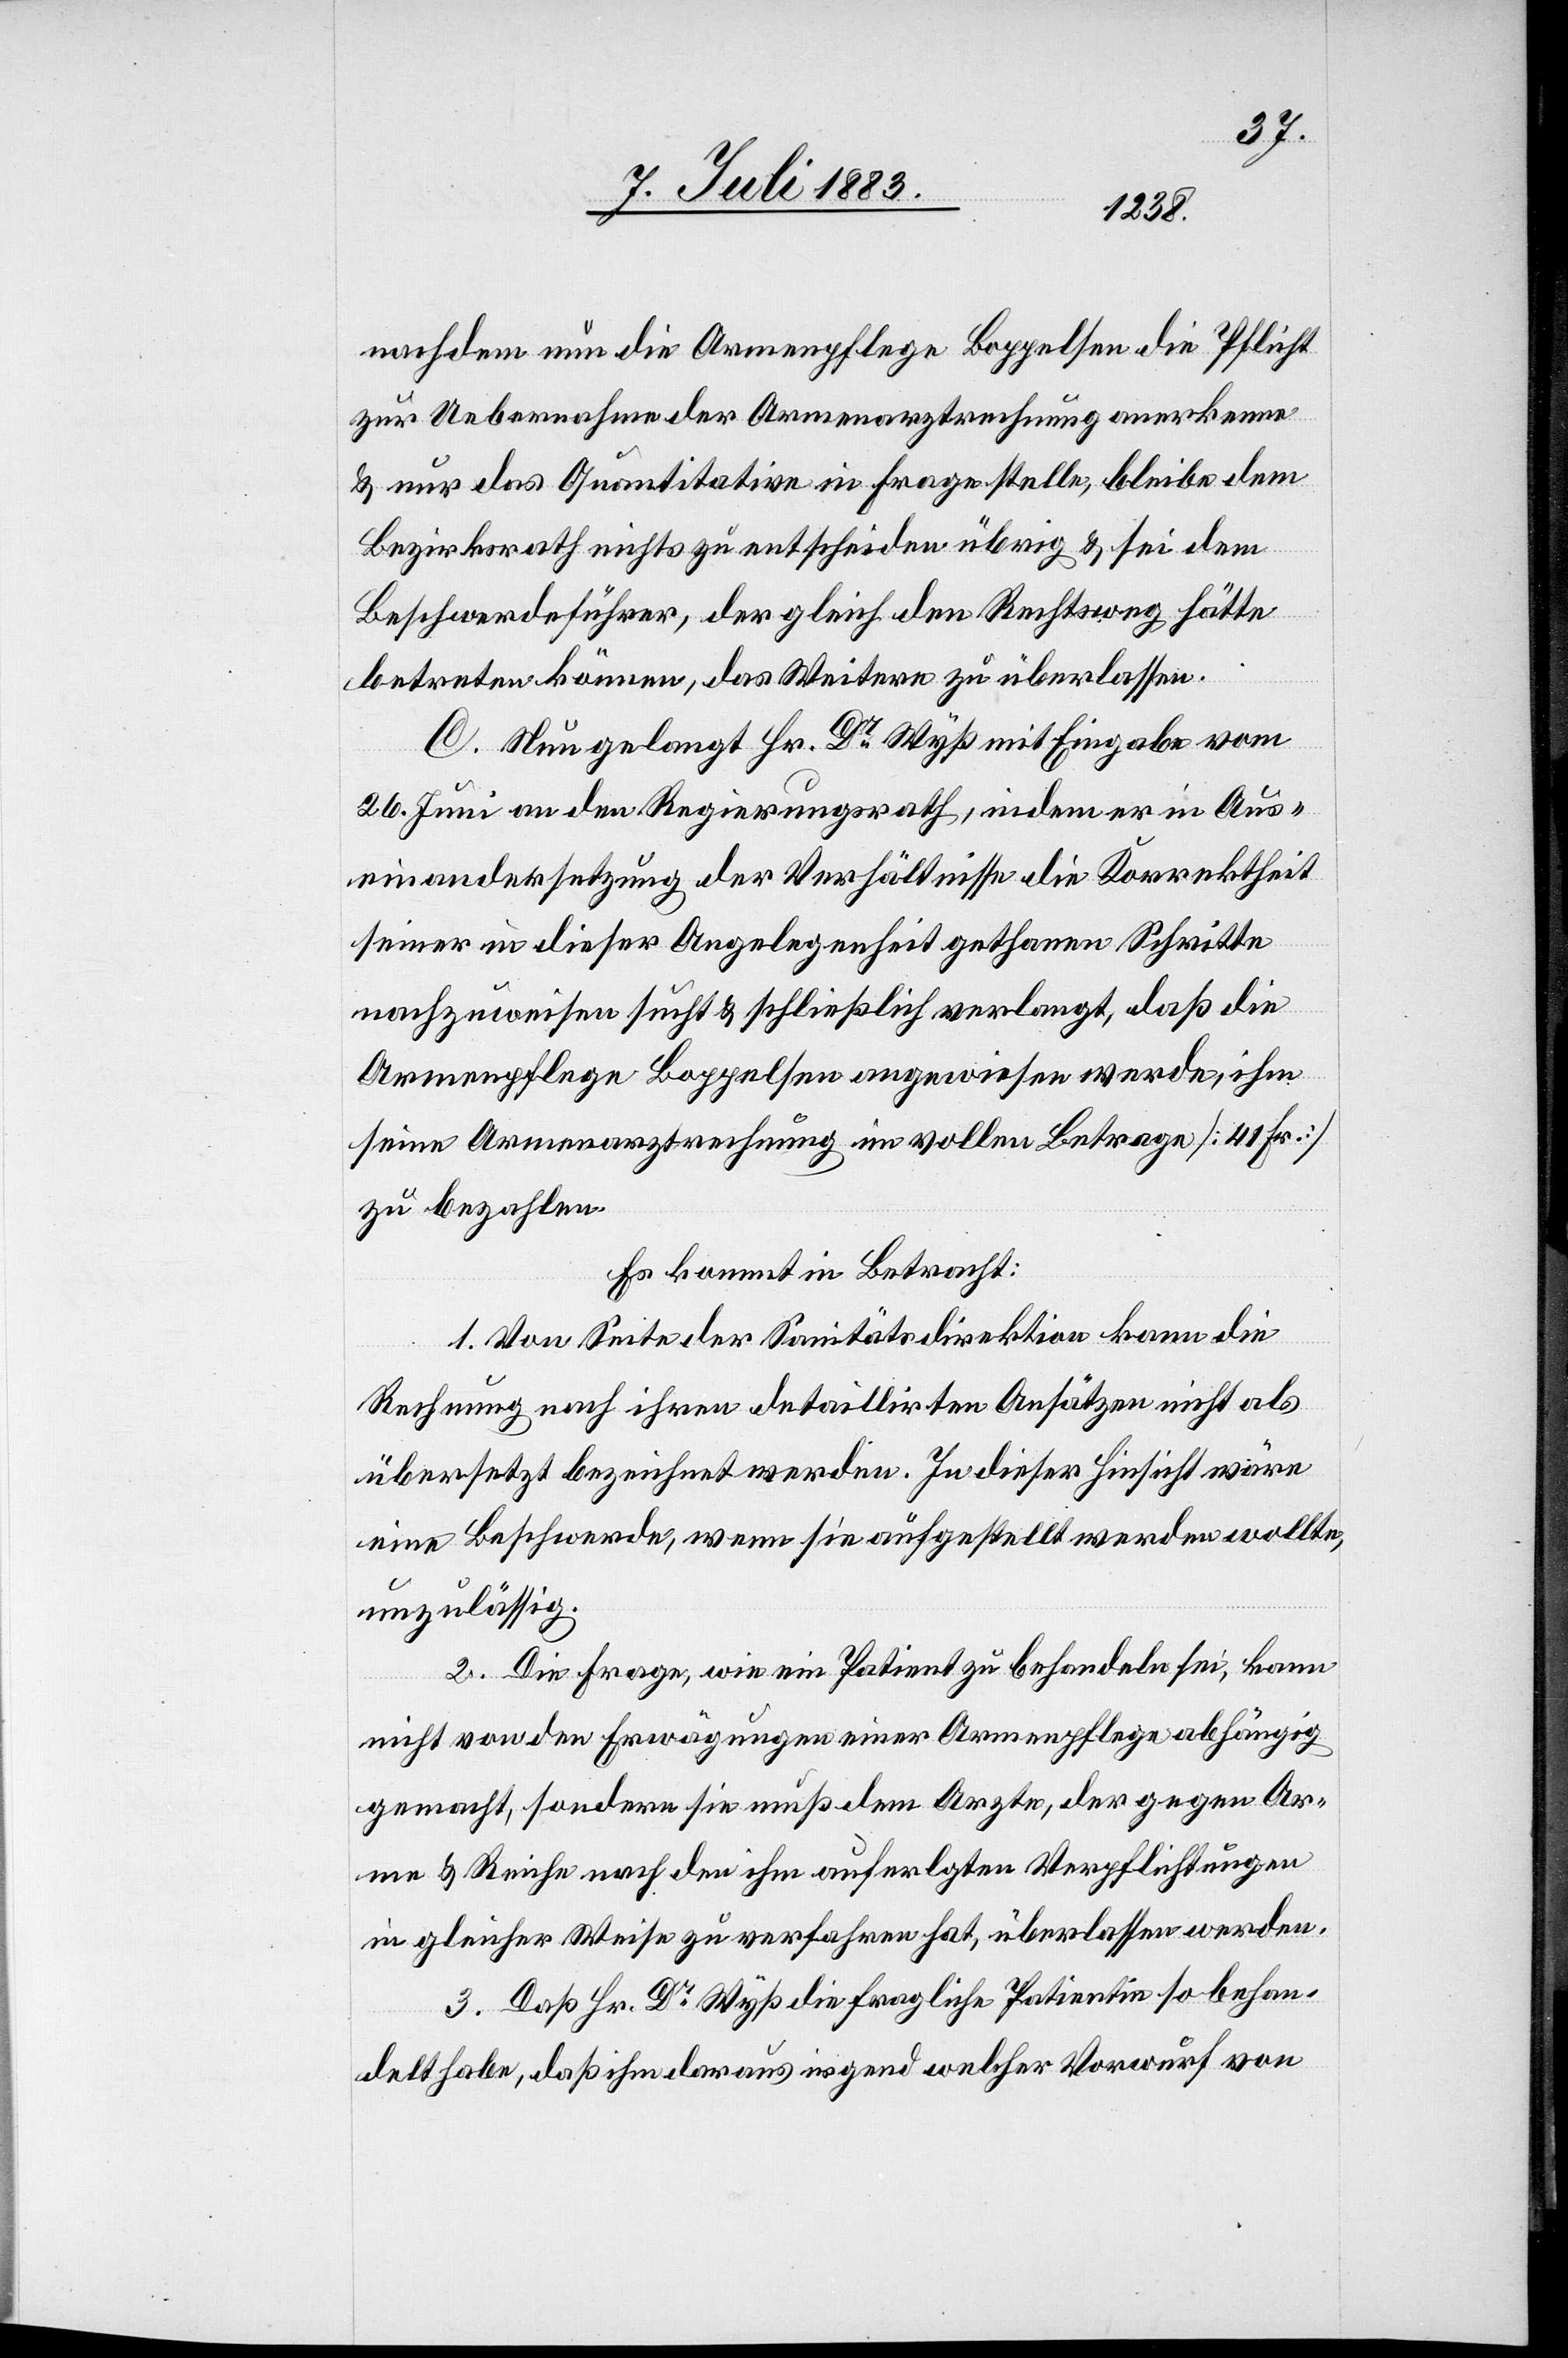
nachdem nun die Armenpflege Boppelsen die Pflicht
zur Uebernahme der Armenarztrechnung anerkenne
& nur das Quantitative in Frage stelle, bleibe dem
Bezirksrath nichts zu entscheiden übrig & sei dem
Beschwerdeführer, der gleich den Rechtsweg hätte
betreten können, das Weitere zu überlassen.
C. Nun gelangt Hr. Dr Wyß mit Eingabe vom
26. Juni an der Regierungsrath, indem er in Aus¬
einandersetzung der Verhältnisse die Korrektheit
seiner in dieser Angelegenheit gethanen Schritte
nachzuweisen sucht & schließlich verlangt, daß die
Armenpflege Boppelsen angewiesen werde, ihm
eine Armenarztrechnung im vollen Betrag [41 Fr.]
zu bezahlen.
Es kommt in Betracht:
1. Von Seite der Sanitätsdirektion kann die
Ar¬
Rechnung nach ihren detaillirten Ansätzen nicht als
übersetzt bezeichnet werden. In dieser Hinsicht wäre
eine Beschwerde, wenn sie aufgestellt werden wollte,
unzulässig.
Die Frage, wie ein Patient zu behandeln sei, kann
2.
nicht von den Erwägungen einer Armenpflege abhängig
me & Reiche nach den ihm auferlegten Verpflichtungen
in gleicher Weise zu verfahren hat, überlassen werden.
3. Daß Hr. Dr Wyß die fragliche Patientin so behan¬
delt habe, daß ihm daraus irgend welcher Vorwurf von